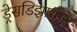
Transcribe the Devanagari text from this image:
ड्रेसडिझायनर